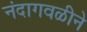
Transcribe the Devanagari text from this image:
नंदागवळीने